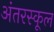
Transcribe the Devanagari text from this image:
अंतरस्कूल